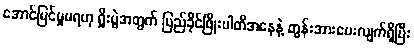
အောင်မြင်မှုမရဟု ရှိုးပွဲအတွက် ပြည်ခိုင်ဖြိုးပါတီအနေနဲ့ တွန်းအားပေးလျက်ရှိပြီး